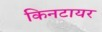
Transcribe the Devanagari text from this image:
किनटायर